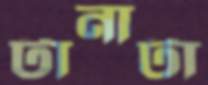
টানাটা